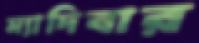
ম্যাদিবার